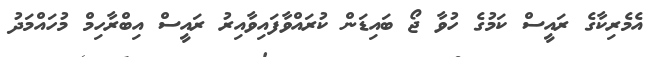
އެމެރިކާގެ ރައީސް ކަމުގެ ހުވާ ޖޯ ބައިޑަން ކުރައްވާފައިވާއިރު ރައީސް އިބްރާހިމް މުހައްމަދު